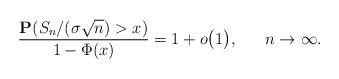
LaTeX: \begin{align*}\frac {\mathbf{P}(S_n/(\sigma\sqrt{n})> x)} {1-\Phi(x)} = 1+o \big( 1\big), \ \ \ \ \ n \rightarrow \infty.\end{align*}